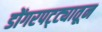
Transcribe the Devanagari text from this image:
डोंगरपट्ट्यातून